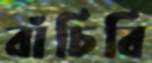
বাঁচিবি